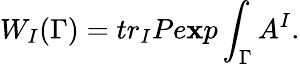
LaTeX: W_{I}(\Gamma)=tr_{I}Pe\mathbf{x}p\int_{\Gamma}A^{I}.